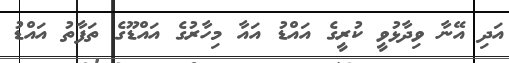
އަދި އޭނާ ވިދާޅުވީ ކުރީގެ އައްޑު އައާ މިހާރުގެ އައްޑޫގެ ތަފާތު އައްޑު